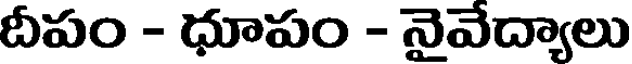
దీపం - ధూపం - నైవేద్యాలు